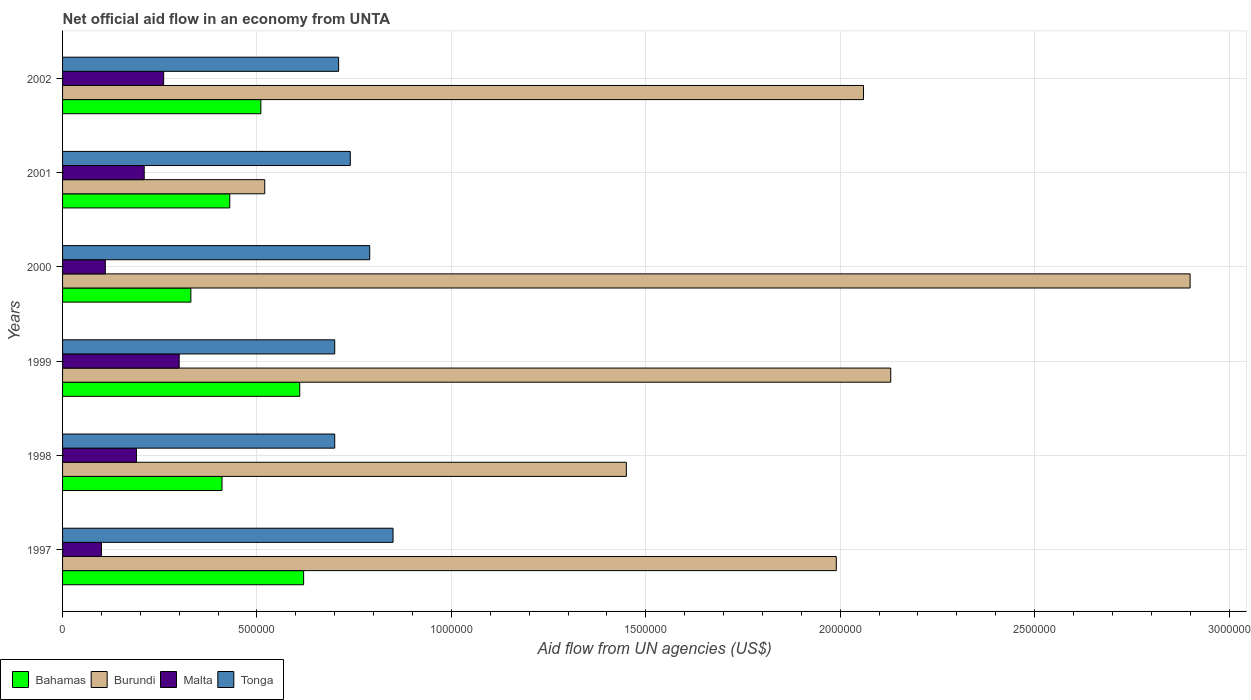
| Years | Bahamas | Burundi | Malta | Tonga |
 | --- | --- | --- | --- | --- |
 | 1997 | 6.2e+05 | 1.99e+06 | 1e+05 | 8.5e+05 |
 | 1998 | 4.1e+05 | 1.45e+06 | 1.9e+05 | 7e+05 |
 | 1999 | 6.1e+05 | 2.13e+06 | 3e+05 | 7e+05 |
 | 2000 | 3.3e+05 | 2.9e+06 | 1.1e+05 | 7.9e+05 |
 | 2001 | 4.3e+05 | 5.2e+05 | 2.1e+05 | 7.4e+05 |
 | 2002 | 5.1e+05 | 2.06e+06 | 2.6e+05 | 7.1e+05 |